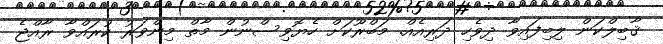
ޤާބިލްކަން ލިބިފައިވާ ދިވެހި ދަރިއެއް. މަބްރޫކަށް ހެޔޮވިސްނުން މާތް މިންވަރު ކުރައްވާ ރާއްޖެ